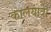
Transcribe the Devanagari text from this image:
कालयात्रा